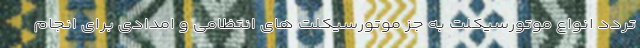
تردد انواع موتورسیکلت به جز موتورسیکلت های انتظامی و امدادی برای انجام